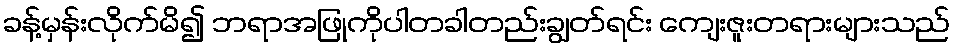
ခန့်မှန်းလိုက်မိ၍ ဘရာအဖြုကိုပါတခါတည်းချွတ်ရင်း ကျေးဇူးတရားများသည်